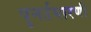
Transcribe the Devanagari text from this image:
पुनर्उभारणी